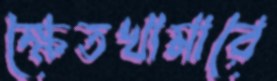
ক্ষেতখামারে